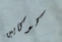
كوكايين